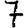
Digit: 7